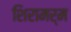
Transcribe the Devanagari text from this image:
शिरामर्म